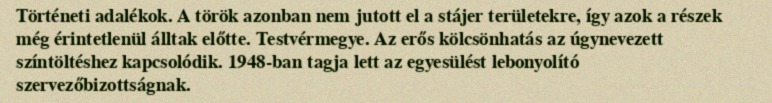
Történeti adalékok. A török azonban nem jutott el a stájer területekre, így azok a részek még érintetlenül álltak előtte. Testvérmegye. Az erős kölcsönhatás az úgynevezett színtöltéshez kapcsolódik. 1948-ban tagja lett az egyesülést lebonyolító szervezőbizottságnak.